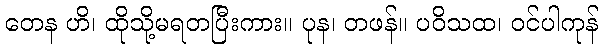
တေန ဟိ၊ ထိုသို့မရတပြီးကား။ ပုန၊ တဖန်။ ပဝိသထ၊ ဝင်ပါကုန်